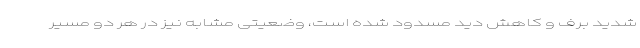
شدید برف و کاهش دید مسدود شده است، وضعیتی مشابه نیز در هر دو مسیر